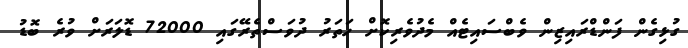
ގުޅިގެން ފަންޑްރައިޒިން ވެބްސައިޓެއް މެދުުވެރިކޮށް ހަތަރު ދުވަސްތެރޭގައި 72000 ޑޮލަރަށް ވުރެ ބޮޑު